Annual report of the Bengal Veterinary College and of the Civil Veterinary Department, Bengal, for the year 1908-1909 - 1908-1909
Year: 1908
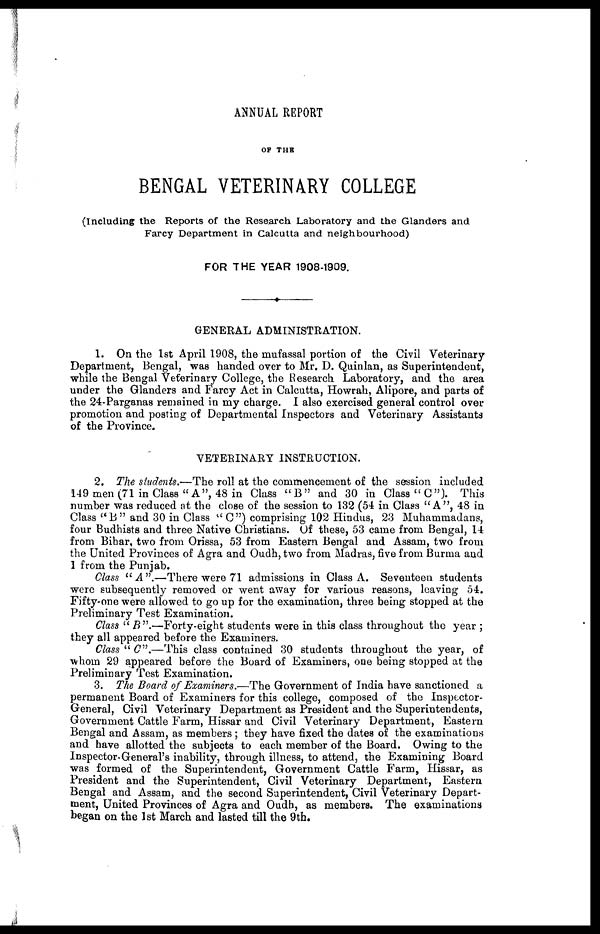
ANNUAL REPORT
OF THE
BENGAL VETERINARY COLLEGE
(Including the Reports of the Research Laboratory and the Glanders and
Farcy Department in Calcutta and neighbourhood)
FOR THE YEAR 1908-1909.
GENERAL ADMINISTRATION.
1. On the 1st April 1908, the mufassal portion of the Civil Veterinary
Department, Bengal, was handed over to Mr. D. Quinlan, as Superintendent,
while the Bengal Veterinary College, the Research Laboratory, and the area
under the Glanders and Farcy Act in Calcutta, Howrah, Alipore, and parts of
the 24-Parganas remained in my charge. I also exercised general control over
promotion and posting of Departmental Inspectors and Veterinary Assistants
of the Province.
VETERINARY INSTRUCTION.
2. The students.—The roll at the commencement of the session included
149 men (71 in Class "A", 48 in Class "B" and 30 in Class "C"). This
number was reduced at the close of the session to 132 (54 in Class "A", 48 in
Class "B" and 30 in Class ''C") comprising 102 Hindus, 23 Muhammadans,
four Budhists and three Native Christians. Of these, 53 came from Bengal, 14
from Bihar, two from Orissa, 53 from Eastern Bengal and Assam, two from
the United Provinces of Agra and Oudh, two from Madras, five from Burma and
1 from the Punjab.
Class ''A".—There were 71 admissions in Class A. Seventeen students
were subsequently removed or went away for various reasons, leaving 54.
Fifty-one were allowed to go up for the examination, three being stopped at the
Preliminary Test Examination.
Class "B".—Forty-eight
students were in this class throughout the year;
they all appeared before the Examiners.
Class "C''—This
class contained 30 students throughout the year, of
whom 29 appeared before the Board of Examiners, one being stopped at the
Preliminary Test Examination.
3. The Board of Examiners.—The Government of India have sanctioned a
permanent Board of Examiners for this college, composed of the Inspector-
General, Civil Veterinary Department as President and the Superintendents,
Government Cattle Farm, Hissar and Civil Veterinary Department, Eastern
Bengal and Assam, as members; they have fixed the dates of the examinations
and have allotted the subjects to each member of the Board. Owing to the
Inspector-General's inability, through illness, to attend, the Examining Board
was formed of the Superintendent, Government Cattle Farm, Hissar, as
President and the Superintendent, Civil Veterinary Department, Eastern
Bengal and Assam, and the second Superintendent, Civil Veterinary Depart-
ment, United Provinces of Agra and Oudh, as members. The examinations
began on the 1st March and lasted till the 9th.